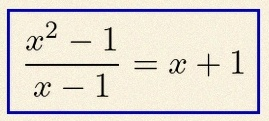
\frac{x^2-1}{x-1}=x+1